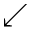
\swarrow